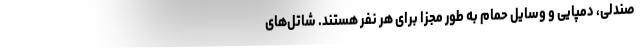
صندلی، دمپایی و وسایل حمام به طور مجزا برای هر نفر هستند. شاتل‌های